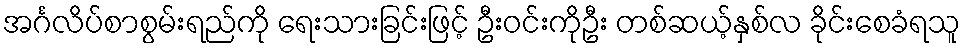
အင်္ဂလိပ်စာစွမ်းရည်ကို ရေးသားခြင်းဖြင့် ဦးဝင်းကိုဦး တစ်ဆယ့်နှစ်လ ခိုင်းစေခံရသူ